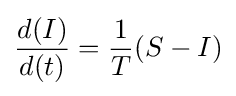
{d(I) \over d(t)}={1 \over T}(S-I)